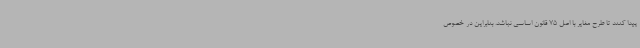
پیدا کنند تا طرح مغایر با اصل 75 قانون اساسی نباشد. بنابراین در خصوص